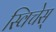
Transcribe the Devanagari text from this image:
स्विचेस्